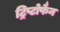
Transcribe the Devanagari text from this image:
ट्रिप्टोफैन